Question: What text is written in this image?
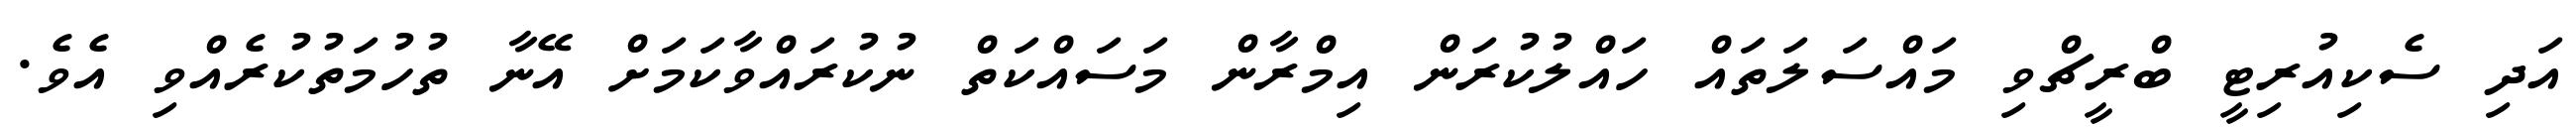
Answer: އަދި ސެކިއުރިޓީ ބްރީޗްވި މައްސަލަތައް ހައްލުކުރަން އިމްރާން މަސައްކަތް ނުކުރައްވާކަމަށް އޭނާ ތުހުމަތުކުރެއްވި އެވެ.